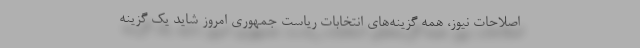
اصلاحات نیوز، همه گزینه‌های انتخابات ریاست جمهوری امروز شاید یک گزینه